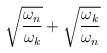
LaTeX: \begin{align*}\sqrt{\omega_n\over\omega_k} +\sqrt{\omega_k\over\omega_n}\end{align*}